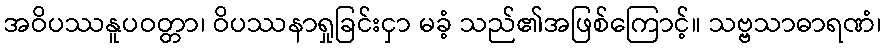
အဝိပဿနူပဝတ္တာ၊ ဝိပဿနာရှုခြင်းငှာ မခံ့ သည်၏အဖြစ်ကြောင့်။ သဗ္ဗသာဓာရဏံ၊